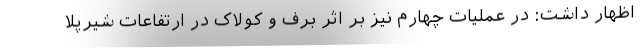
اظهار داشت: در عملیات چهارم نیز بر اثر برف و کولاک در ارتفاعات شیرپلا